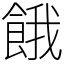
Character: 餓